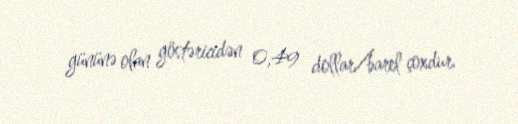
gününə olan göstəricidən 0,49 dollar/barel çoxdur.